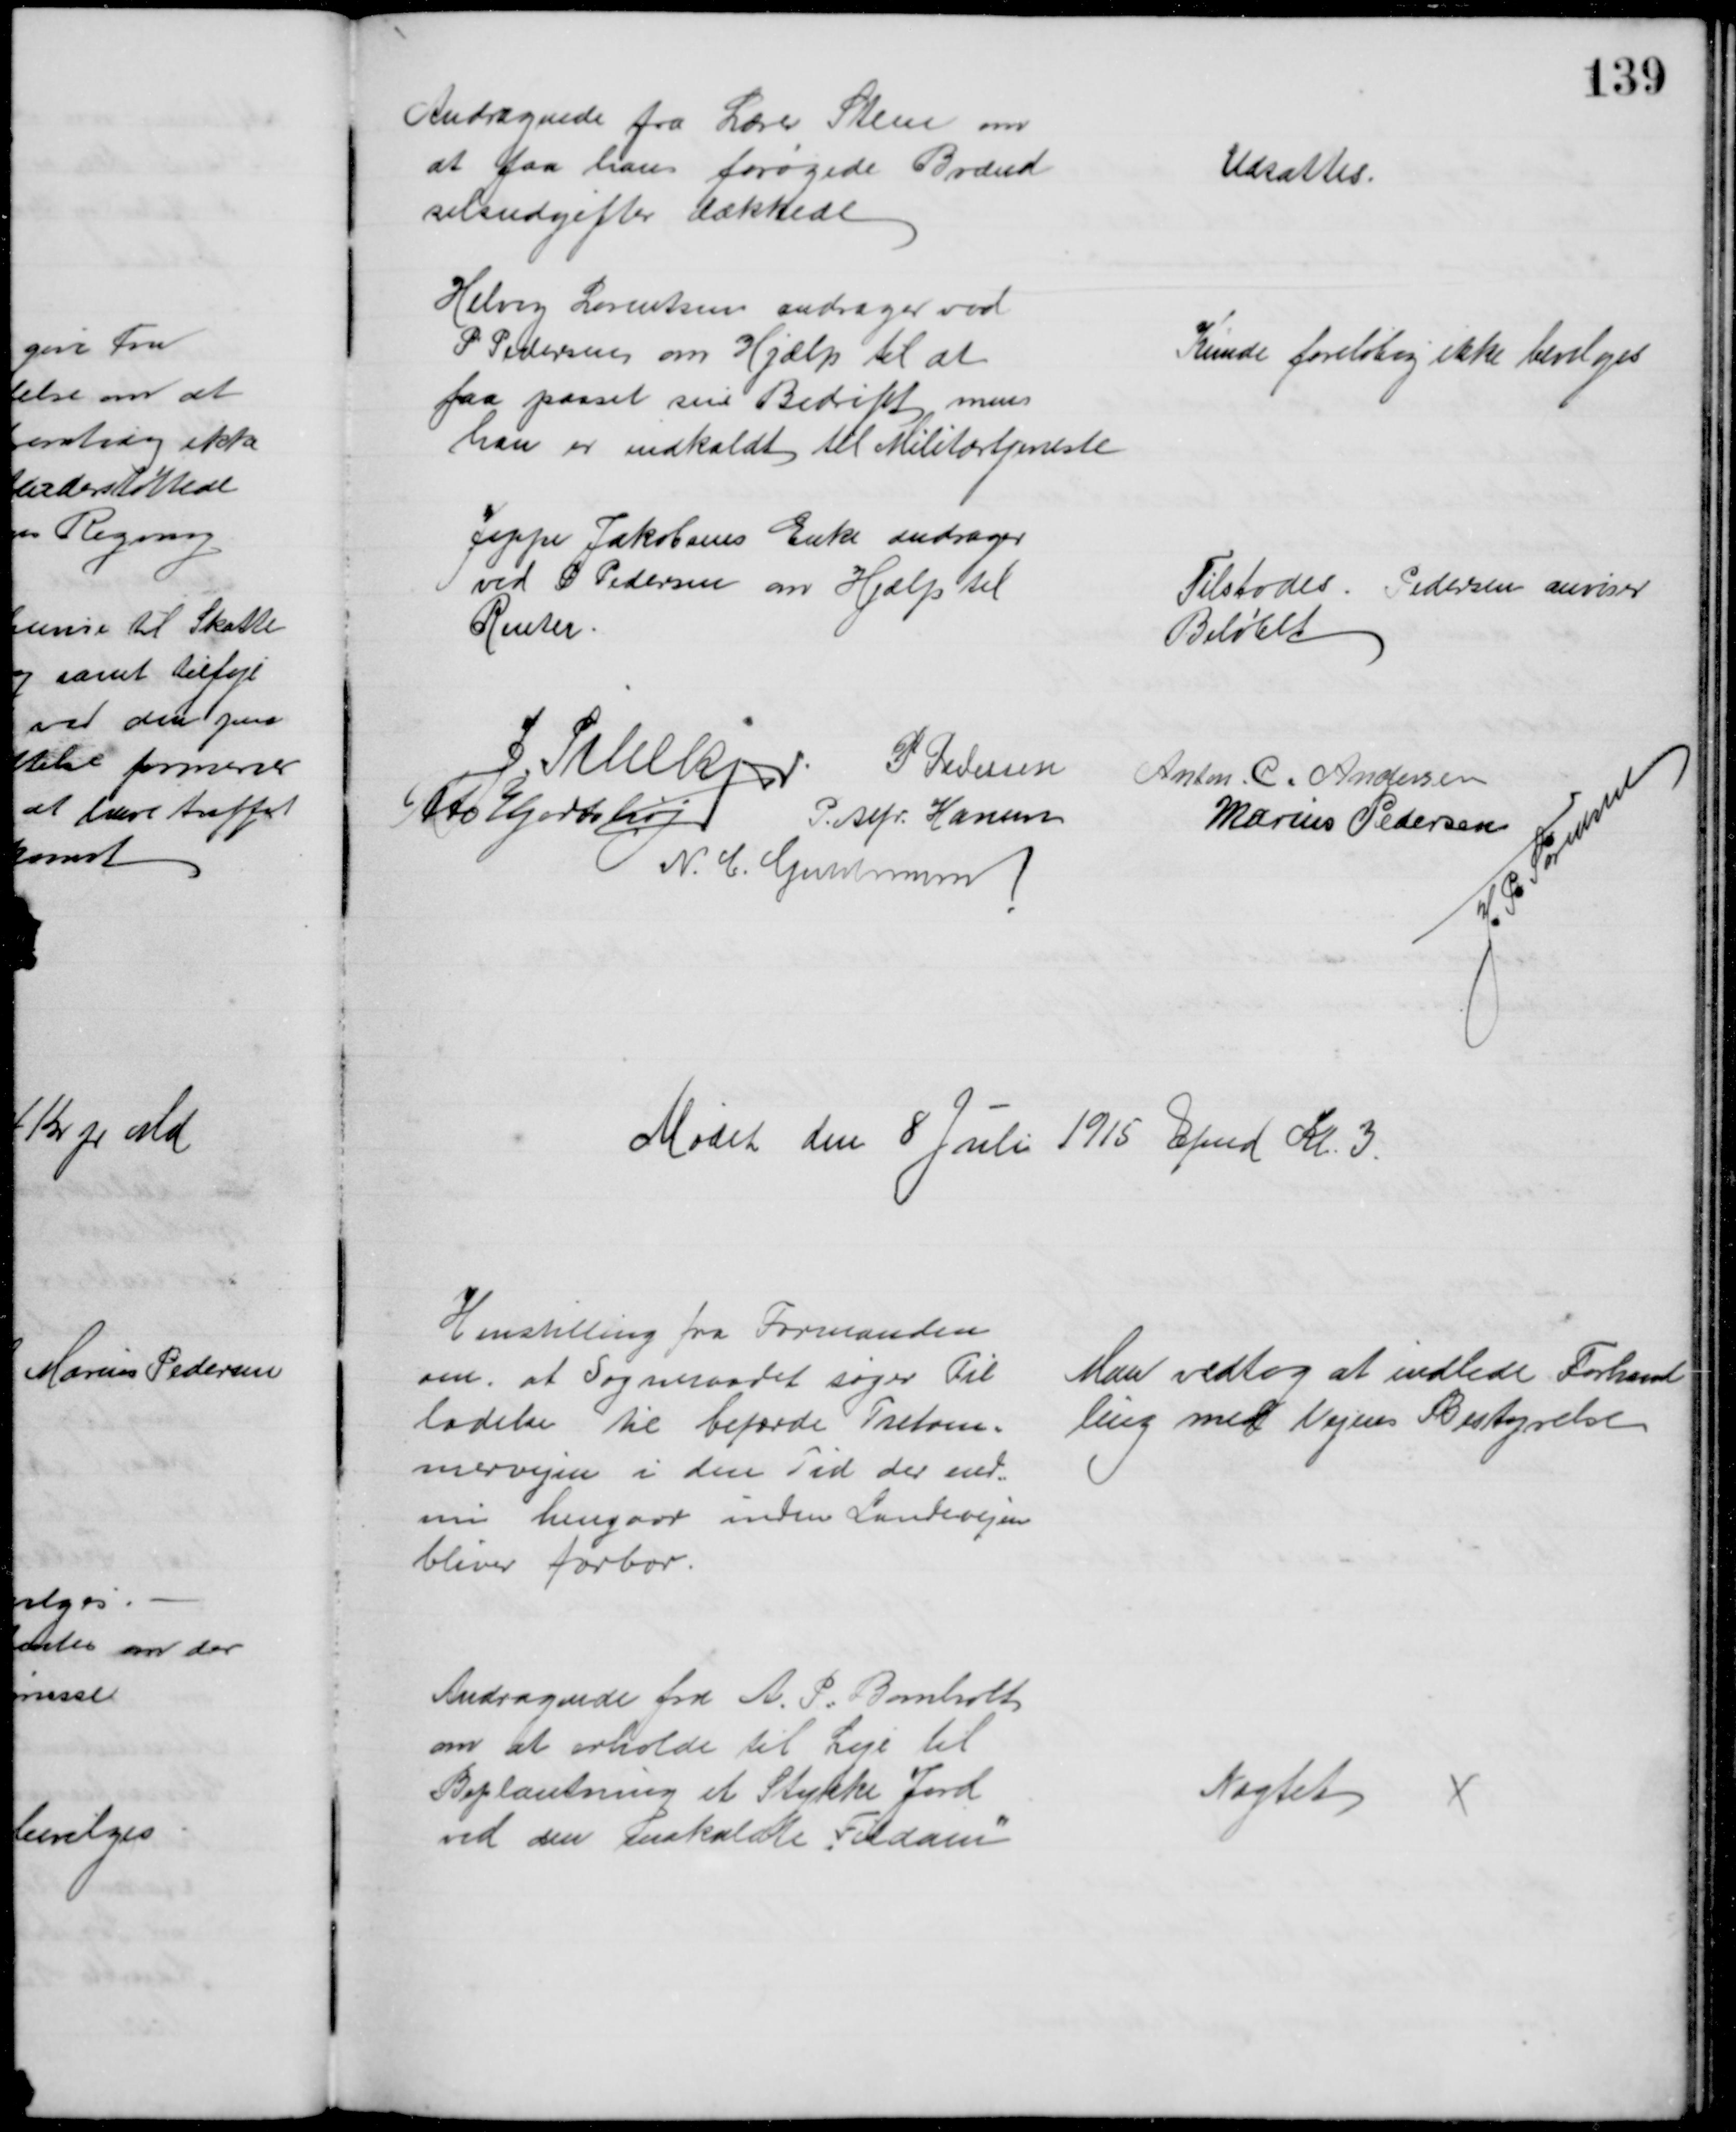
Transskription:
Andragende fra Lærer Steen om
at faa hans forøgede Brænd
selsudgifter dækkede
Udsattes.
Helveg Lorentsen andrager ved
P Pedersen om Hjælp til at
faa passet sin Bedrift, mens
han er indkaldt til Militærtjeneste
Kunde foreløbig ikke bevilges
Jeppe Jakobsens Enke andrager
ved P Pedersen om Hjælp til
Renter
Tilstodes. Pedersen anviser
Beløbet
J. Pihlkjær P. Pedersen
Anton. C. Andersen
Otto Hjortshøj
P. Alfr. Hansen
Marius Pedersen 
N. C. Guldmann
J. P. Sørensen
Mødet den 8 Juli 1915 Efmd Kl. 3.
Henstilling fra Formanden
om, at Sogneraadet søger Til
ladelse til befærde Tretom=
mervejen i den Tid der end=
nu hengaar inden Landevejen
bliver farbar.
Man vedtog at indlede Forhand
ling med Vejens Bestyrelse
Andragende fra A. P. Bomholt
om at erholde til Leje til
Beplantning et Stykke Jord
ved den indkaldte "Fildam"
Nægtet